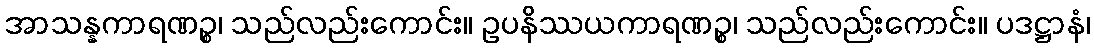
အာသန္နကာရဏဉ္စ၊ သည်လည်းကောင်း။ ဥပနိဿယကာရဏဉ္စ၊ သည်လည်းကောင်း။ ပဒဋ္ဌာနံ၊